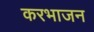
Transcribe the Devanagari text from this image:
करभाजन